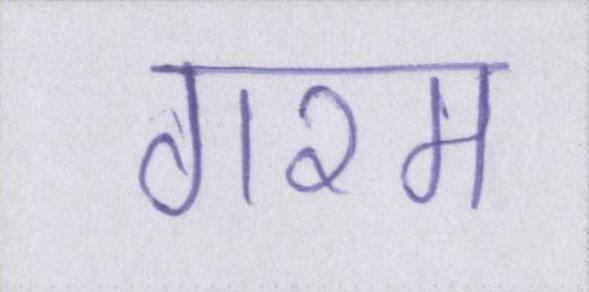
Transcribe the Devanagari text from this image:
गरम